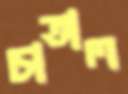
চাতাল